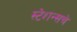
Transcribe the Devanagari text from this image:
स्टेशन्सचे